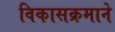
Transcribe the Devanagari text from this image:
विकासक्रमाने